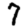
Digit: 7